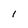
Character: I